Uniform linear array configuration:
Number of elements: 48
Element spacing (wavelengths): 0.75
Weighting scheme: hann
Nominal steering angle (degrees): -15
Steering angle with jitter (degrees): -16.464
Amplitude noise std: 0.05
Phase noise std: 0.05

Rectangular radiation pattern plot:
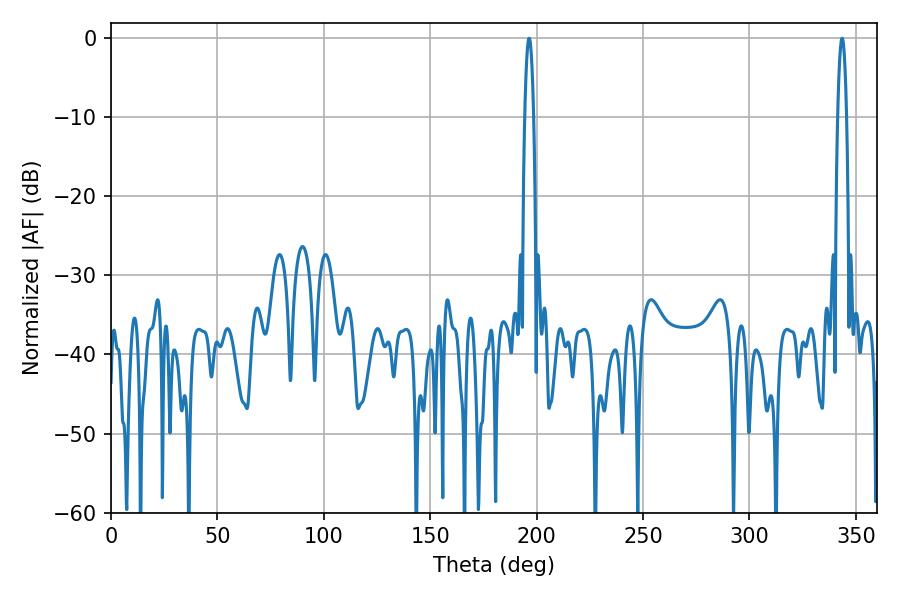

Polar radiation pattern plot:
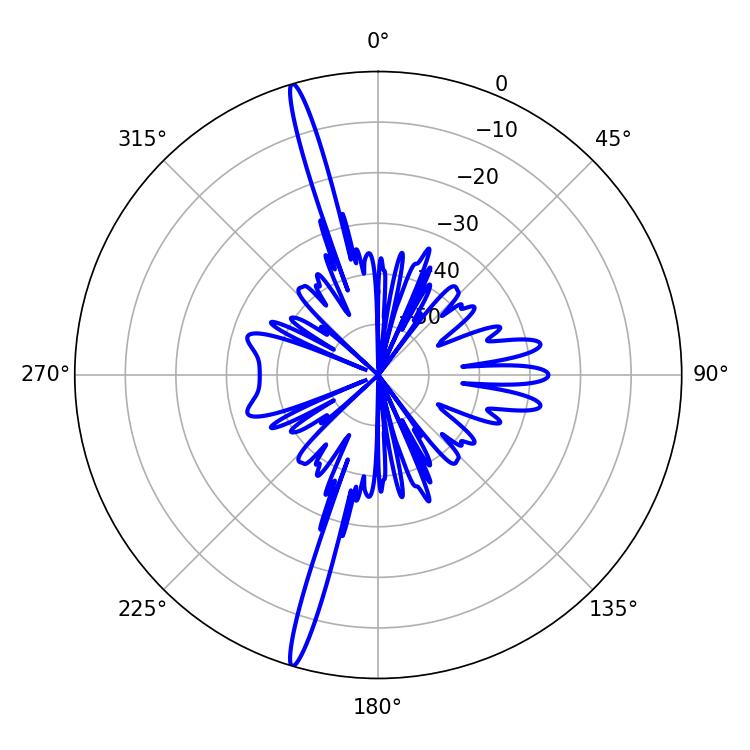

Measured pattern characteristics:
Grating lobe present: TRUE
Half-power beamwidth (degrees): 2.34
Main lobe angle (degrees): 196.38